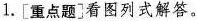
1.[重点题]看图列式解答。